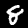
Label: 8